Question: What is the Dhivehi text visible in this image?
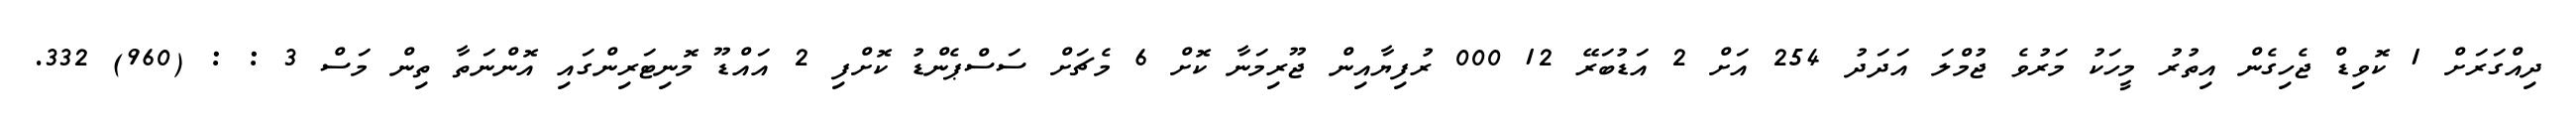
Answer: ދިއްގަރަށް 1 ކޮވިޑް ޖެހިގެން އިތުރު މީހަކު މަރުވެ ޖުމްލަ އަދަދު 254 އަށް 2 އަޑުބަރޭ 12 000 ރުފިޔާއިން ޖޫރިމަނާ ކޮށް 6 މެޗަށް ސަސްޕެންޑު ކޮށްފި 2 އައްޑޫ މޮނިޓަރިންގައި އޮންނަތާ ތިން މަސް 3 : : (960) 332.